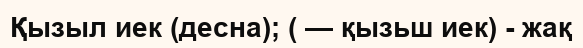
Қызыл иек (десна); ( — қызьш иек) - жақ